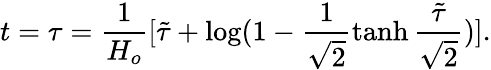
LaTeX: t=\tau=\frac{1}{H_{o}}[\tilde{\tau}+\log(1-\frac{1}{\sqrt{2}}\operatorname{tanh}\frac{\tilde{\tau}}{\sqrt{2}})].